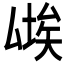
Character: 𱑨